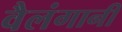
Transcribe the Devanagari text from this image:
वैलंगानी